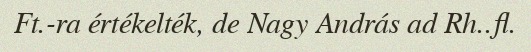
Ft.-ra értékelték, de Nagy András ad Rh..fl.